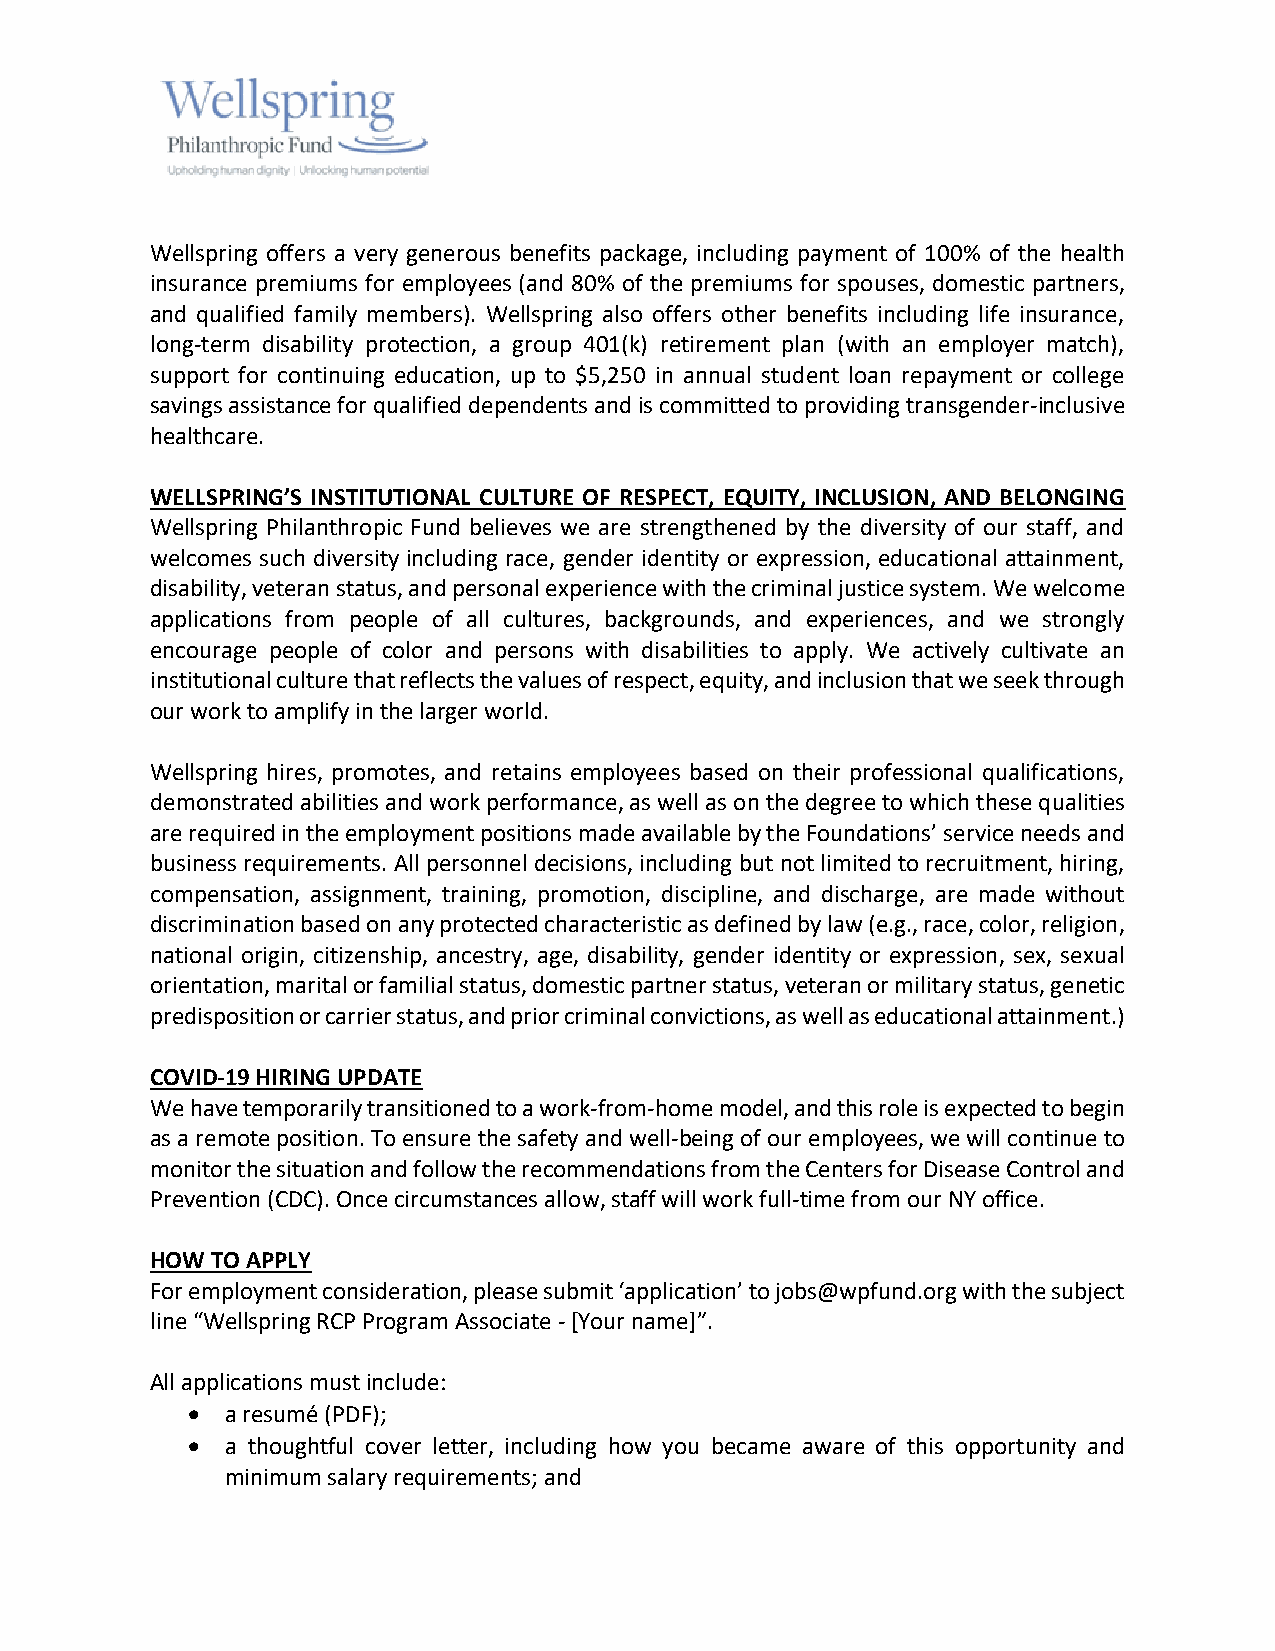
Wellspring offers a very generous benefits package, including payment of 100% of the health
 insurance premiums for employees (and 80% of the premiums for spouses, domestic partners,
 and qualified family members). Wellspring also offers other benefits including life insurance,
 long-term disability protection, a group 401(k) retirement plan (with an employer match),
 support for continuing education, up to $5,250 in annual student loan repayment or college
 savings assistance for qualified dependents and is committed to providing transgender-inclusive
 healthcare.
 WELLSPRING’S INSTITUTIONAL CULTURE OF RESPECT, EQUITY, INCLUSION, AND BELONGING
 Wellspring Philanthropic Fund believes we are strengthened by the diversity of our staff, and
 welcomes such diversity including race, gender identity or expression, educational attainment,
 disability, veteran status, and personal experience with the criminal justice system. We welcome
 applications from people of all cultures, backgrounds, and experiences, and we strongly
 encourage people of color and persons with disabilities to apply. We actively cultivate an
 institutional culture that reflects the values of respect, equity, and inclusion that we seek through
 our work to amplify in the larger world.
 Wellspring hires, promotes, and retains employees based on their professional qualifications,
 demonstrated abilities and work performance, as well as on the degree to which these qualities
 are required in the employment positions made available by the Foundations’ service needs and
 business requirements. All personnel decisions, including but not limited to recruitment, hiring,
 compensation, assignment, training, promotion, discipline, and discharge, are made without
 discrimination based on any protected characteristic as defined by law (e.g., race, color, religion,
 national origin, citizenship, ancestry, age, disability, gender identity or expression, sex, sexual
 orientation, marital or familial status, domestic partner status, veteran or military status, genetic
 predisposition or carrier status, and prior criminal convictions, as well as educational attainment.)
 COVID-19 HIRING UPDATE
 We have temporarily transitioned to a work-from-home model, and this role is expected to begin
 as a remote position. To ensure the safety and well-being of our employees, we will continue to
 monitor the situation and follow the recommendations from the Centers for Disease Control and
 Prevention (CDC). Once circumstances allow, staff will work full-time from our NY office.
 HOW TO APPLY
 For employment consideration, please submit ‘application’ to jobs@wpfund.org with the subject
 line “Wellspring RCP Program Associate - [Your name]”.
 All applications must include:
 •  a resumé (PDF);
 •  a thoughtful cover letter, including how you became aware of this opportunity and
 minimum salary requirements; and